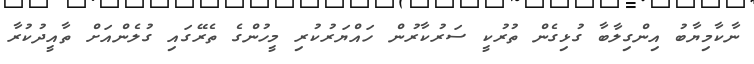
ނާކާމިޔާބު އިންގިލާބާ ގުޅިގެން ތުރުކީ ސަރުކާރުން ހައްޔަރުކުރި މީހުންގެ ތެރޭގައި ގުލެންއަށް ތާއީދުކުރާ